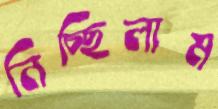
নিচ্ছিলাম